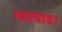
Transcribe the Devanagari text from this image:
मारवाड।